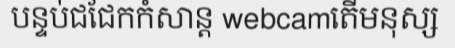
បន្ទប់ជជែកកំសាន្ត webcamតើមនុស្ស